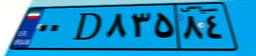
۶۰D۱۴۱۲۳